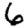
Digit: 6